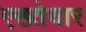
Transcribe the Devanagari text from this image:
एख्तेयार